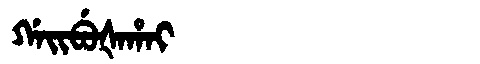
Manchu: ᡤᠠᡳᠪᡠᡧᠠᡥᠠᡳ
Romanization: GAIBUŠAHAI